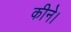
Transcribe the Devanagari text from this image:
कीने।